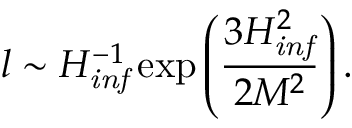
l \sim H _ { \it i n f } ^ { - 1 } \exp \left( \frac { 3 H _ { \it i n f } ^ { 2 } } { 2 M ^ { 2 } } \right) .